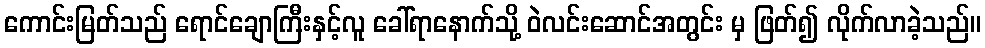
ကောင်းမြတ်သည် ရောင်ချောကြီးနှင့်လူ ခေါ်ရာနောက်သို့ ဝဲလင်းဆောင်အတွင်း မှ ဖြတ်၍ လိုက်လာခဲ့သည်။